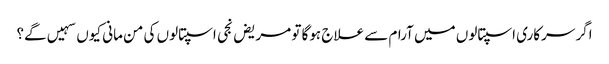
اگر سرکاری اسپتالوں میں آرام سے علاج ہوگا تو مریض نجی اسپتالوں کی من مانی کیوں سہیں گے؟